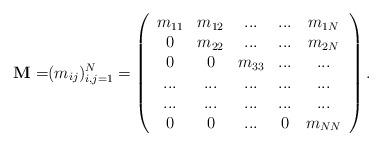
LaTeX: \begin{align*}\mathbf{M=}(m_{ij})_{i,j=1}^{N}=\left(\begin{array}{ccccc}m_{11} & m_{12} & ... & ... & m_{1N} \\0 & m_{22} & ... & ... & m_{2N} \\0 & 0 & m_{33} & ... & ... \\... & ... & ... & ... & ... \\... & ... & ... & ... & ... \\0 & 0 & ... & 0 & m_{NN}\end{array}\right) . \end{align*}